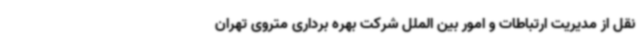
نقل از مدیریت ارتباطات و امور بین الملل شرکت بهره برداری متروی تهران